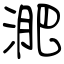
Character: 淝